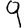
Digit: 9